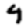
Digit: 9